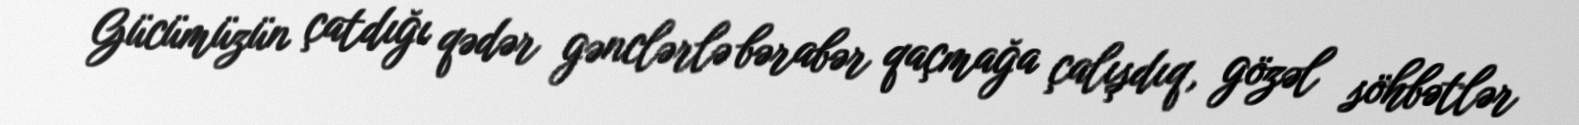
Gücümüzün çatdığı qədər gənclərlə bərabər qaçmağa çalışdıq, gözəl söhbətlər